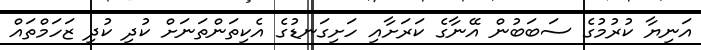
އަނިޔާ ކުރުމުގެ ސަބަބުން އޭނާގެ ކަރަށާއި ހަށިގަނޑުގެ އެކިތަންތަނަށް ކުދި ކުދި ޒަހަމްތައް